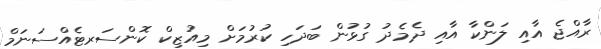
ރާއްޖެ އާއި ލަންކާ އާއި ދެމެދު ގުޅުން ބަދަހި ކުރުމަށް މިއުޒިކް ކޮންސަރޓެއްސަނަމް